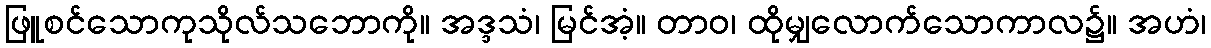
ဖြူစင်သောကုသိုလ်သဘောကို။ အဒ္ဒသံ၊ မြင်အံ့။ တာဝ၊ ထိုမျှလောက်သောကာလ၌။ အဟံ၊